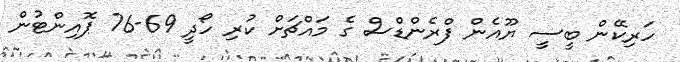
ހަރިކޭން ބީސީ ޔޫއެން ފްރެންޑްސް ގެ މައްޗަށް ކުރި ހޯދީ 69-76 ޕޮއިންޓުން